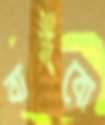
বাইবো